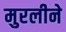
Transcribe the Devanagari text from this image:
मुरलीने